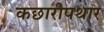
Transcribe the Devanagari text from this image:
कछारीपथार